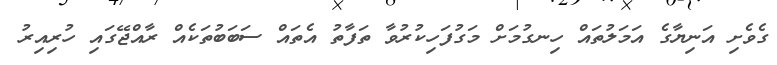
ގެވެށި އަނިޔާގެ އަމަލުތައް ހިނގުމަށް މަގުފަހިކުރުވާ ތަފާތު އެތައް ސަބަބުތަކެއް ރާއްޖޭގައި ހުރިއިރު